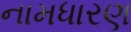
નામધારણ